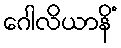
ဂေါလိယာနိံ